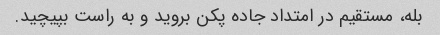
بله، مستقیم در امتداد جاده پکن بروید و به راست بپیچید.